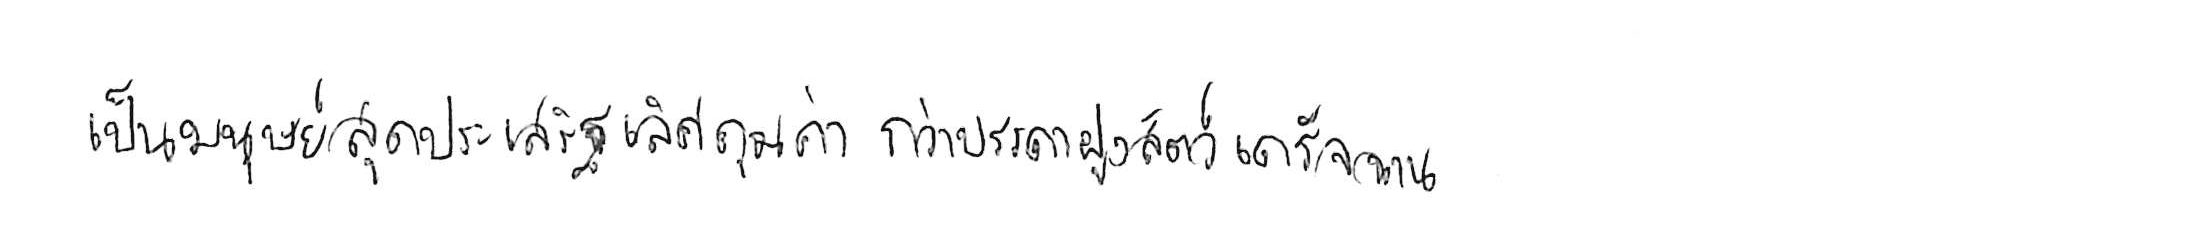
เป็นมนุษย์สุดประเสริฐเลิศคุณค่า กว่าบรรดาฝูงสัตว์เดรัจฉาน